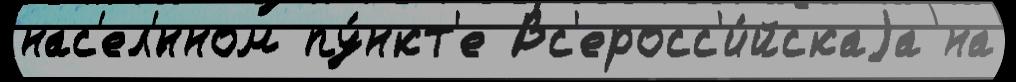
нас'ел'́нном пу́нкт'е Вс'еросс'и́йскаjа на